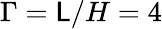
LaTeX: \Gamma=\mathsf{L}/H=4